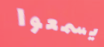
يسمعوا